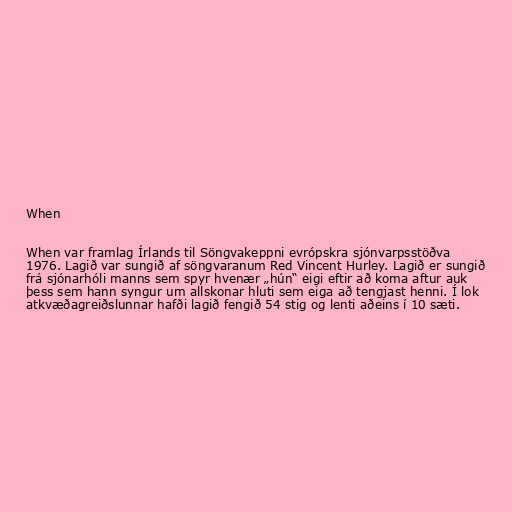
When

When var framlag Írlands til Söngvakeppni evrópskra sjónvarpsstöðva
1976. Lagið var sungið af söngvaranum Red Vincent Hurley. Lagið er sungið
frá sjónarhóli manns sem spyr hvenær „hún“ eigi eftir að koma aftur auk
þess sem hann syngur um allskonar hluti sem eiga að tengjast henni. Í lok
atkvæðagreiðslunnar hafði lagið fengið 54 stig og lenti aðeins í 10 sæti.